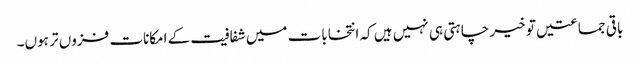
باقی جماعتیں تو خیر چاہتی ہی نہیں ہیں کہ انتخابات میں شفافیت کے امکانات فزوں تر ہوں۔